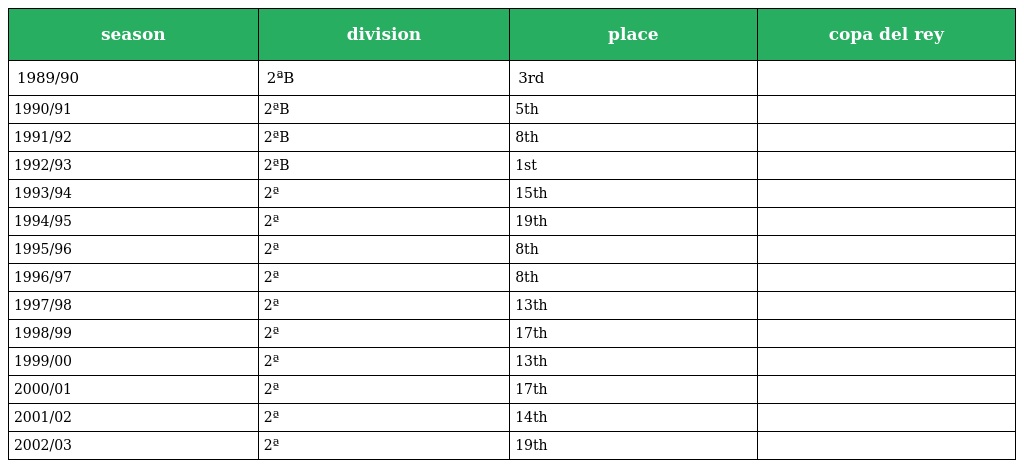
| season | division | place | copa del rey |
 | --- | --- | --- | --- |
 | 1989/90 | 2ªB | 3rd |  |
 | 1990/91 | 2ªB | 5th |  |
 | 1991/92 | 2ªB | 8th |  |
 | 1992/93 | 2ªB | 1st |  |
 | 1993/94 | 2ª | 15th |  |
 | 1994/95 | 2ª | 19th |  |
 | 1995/96 | 2ª | 8th |  |
 | 1996/97 | 2ª | 8th |  |
 | 1997/98 | 2ª | 13th |  |
 | 1998/99 | 2ª | 17th |  |
 | 1999/00 | 2ª | 13th |  |
 | 2000/01 | 2ª | 17th |  |
 | 2001/02 | 2ª | 14th |  |
 | 2002/03 | 2ª | 19th |  |